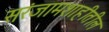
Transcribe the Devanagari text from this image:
सरंजामशाहीतील